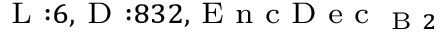
_ { \textrm { L } : 6 , \textrm { D } : 8 3 2 , \textrm { E n c D e c } _ { \textrm { B } 2 } }